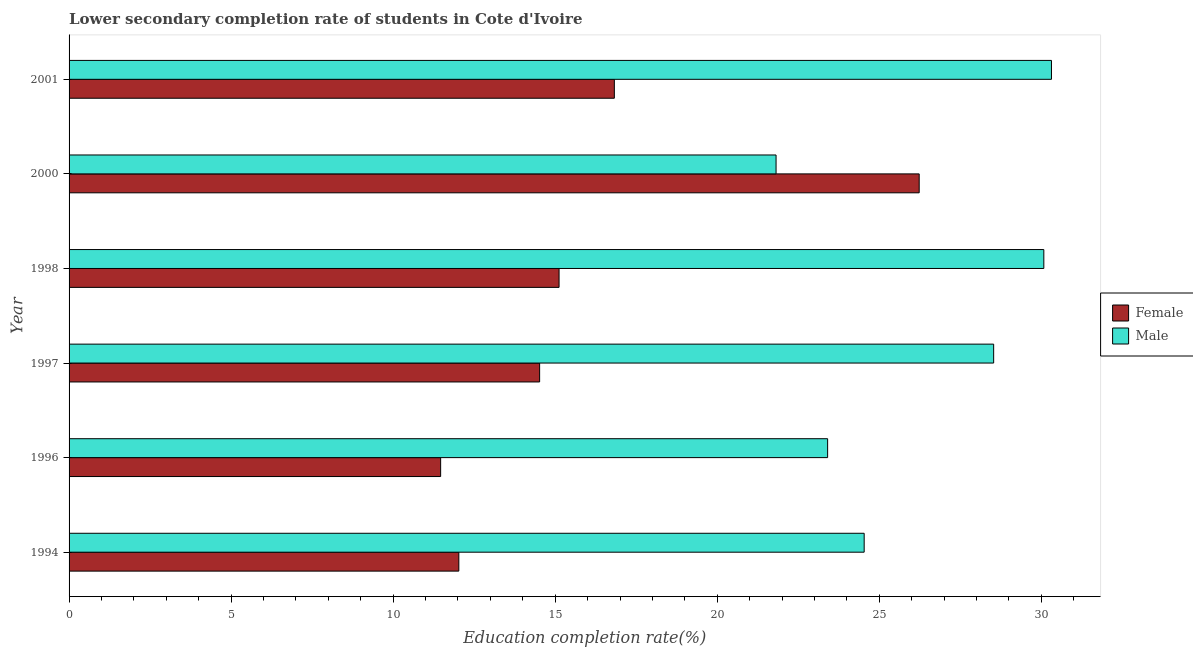
| Year | Female | Male |
 | --- | --- | --- |
 | 1994 | 12 | 24.5 |
 | 1996 | 11.5 | 23.4 |
 | 1997 | 14.5 | 28.5 |
 | 1998 | 15.1 | 30.1 |
 | 2000 | 26.2 | 21.8 |
 | 2001 | 16.8 | 30.3 |